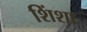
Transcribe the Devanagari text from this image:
शिंशा